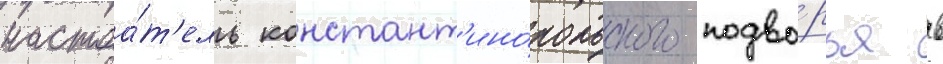
настоа́т'ель констант'ино́польского подво́рья в